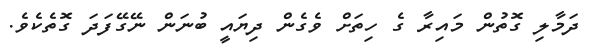
ދަމާލި ގޮތުން މައިރާ ގެ ހިތަށް ވެގެން ދިޔައީ ބުނަން ނޭގޭފަދަ ގޮތެކެވެ.